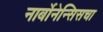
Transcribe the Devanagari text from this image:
नार्बोनेन्सिसचा